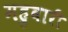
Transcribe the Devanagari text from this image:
महुवारी